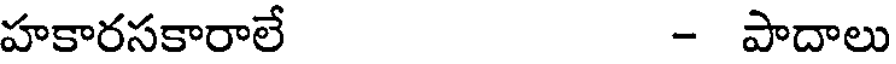
హకారసకారాలే - పాదాలు